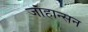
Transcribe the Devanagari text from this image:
जाॅहान्सन